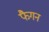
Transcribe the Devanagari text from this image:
फैगन